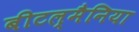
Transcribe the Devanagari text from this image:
बीटल्मैनिया